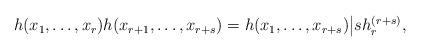
LaTeX: \begin{align*}\begin{aligned}&h(x_1,\ldots,x_r) h(x_{r+1},\ldots,x_{r+s}) = h(x_1,\ldots,x_{r+s})\big| sh_{r}^{(r+s)},\end{aligned}\end{align*}